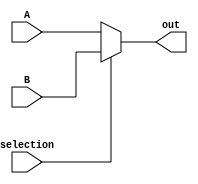
module mux (A, B, selection, out);
    parameter n = 32;
    input [n-1:0] A, B;
    input selection;
    output [n-1:0] out;

    assign out = (selection == 1) ? B : A;
endmodule